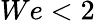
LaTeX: We<2